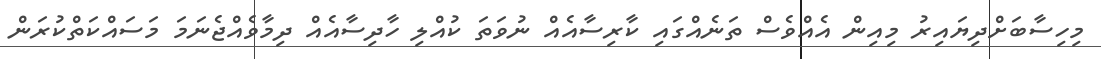
މިހިސާބަށްދިޔައިރު މިއިން އެއްވެސް ތަނެއްގައި ކާރިސާއެއް ނުވަތަ ކުއްލި ހާދިސާއެއް ދިމާވެއްޖެނަމަ މަސައްކަތްކުރަން